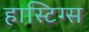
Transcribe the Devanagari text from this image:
हास्टिग्स